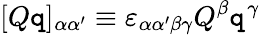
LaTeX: [Q\mathtt{q}]_{\alpha\alpha^{\prime}}\equiv\varepsilon_{\alpha\alpha^{\prime}\beta\gamma}Q^{\beta}\mathtt{q}^{\gamma}